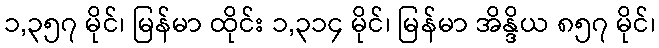
၁,၃၅၇ မိုင်၊ မြန်မာ ထိုင်း ၁,၃၁၄ မိုင်၊ မြန်မာ အိန္ဒိယ ၈၅၇ မိုင်၊